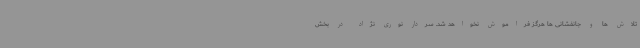
تلاش ها و جانفشانی ها هرگز فراموش نخواهد شد. سردار نوری نژاد در بخش